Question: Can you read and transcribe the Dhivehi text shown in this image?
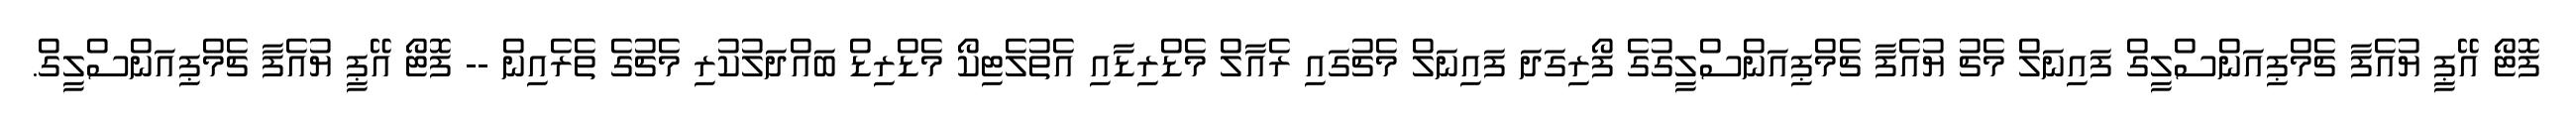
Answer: ފޮޓޯ އޭޕީ ޔުއެފާ ޗެމްޕިއަންސްލީގް ފައިނަލް މެޗު ޔުއެފާ ޗެމްޕިއަންސްލީގުގެ ފޯރިގަދަ ފައިނަލް މެޗުގައި ރެއާލް މެޑްރިޑާއި އެތުލެޓިކޯ މެޑްރިޑް ބައްދަލުކުރި މެޗުގެ ތެރެއިން -- ފޮޓޯ އޭޕީ ޔުއެފާ ޗެމްޕިއަންސްލީގް.